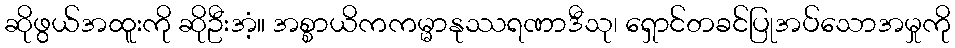
ဆိုဖွယ်အထူးကို ဆိုဦးအံ့။ အစ္စာယိကကမ္မာနုဿရဏာဒီသု၊ ရှောင်တခင်ပြုအပ်သောအမှုကို